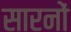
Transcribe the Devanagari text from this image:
सारनों